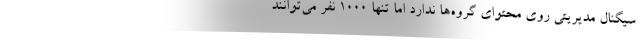
سیگنال مدیریتی روی محتوای گروه‌ها ندارد اما تنها ۱۰۰۰ نفر می‌توانند